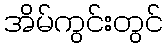
အိမ်ကွင်းတွင်